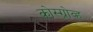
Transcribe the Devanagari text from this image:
कोस्ग्रोव्ह